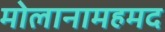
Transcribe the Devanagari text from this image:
मोलानामहमद